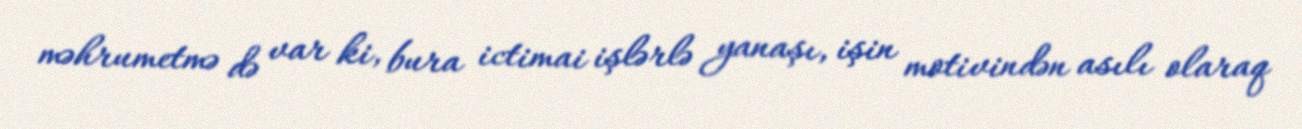
məhrumetmə də var ki, bura ictimai işlərlə yanaşı, işin motivindən asılı olaraq